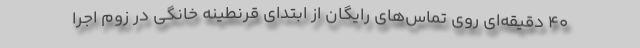
40 دقیقه‌ای روی تماس‌های رایگان از ابتدای قرنطینه خانگی در زوم اجرا